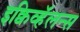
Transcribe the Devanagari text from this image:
इक्विव्हॅलन्स